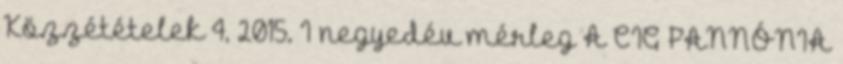
Közzétételek 4, 2015. I negyedév mérleg A CIG PANNÓNIA